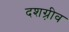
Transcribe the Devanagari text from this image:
दशग़्रीव